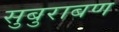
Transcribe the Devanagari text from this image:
सुबुराबण